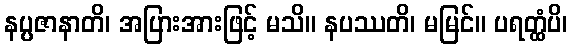
နပ္ပဇာနာတိ၊ အပြားအားဖြင့် မသိ။ နပဿတိ၊ မမြင်။ ပရတ္ထံပိ၊